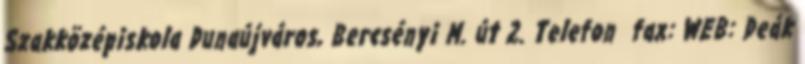
Szakközépiskola Dunaújváros, Bercsényi M. út 2. Telefon fax: WEB: Deák